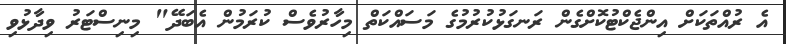
އެ ރުއްތަކަށް އިންޖެކްޓުކޮށްގެން ރަނގަޅުކުރުމުގެ މަސައްކަތް މިހާރުވެސް ކުރަމުން އެބަދޭ" މިނިސްޓަރު ވިދާޅުވި